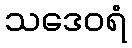
သဒေဝရံ